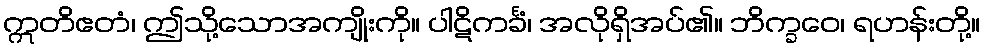
ဣတိဧတံ၊ ဤသို့သောအကျိုးကို။ ပါဋိကင်္ခံ၊ အလိုရှိအပ်၏။ ဘိက္ခဝေ၊ ရဟန်းတို့။